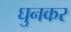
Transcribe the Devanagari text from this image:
घुनकर